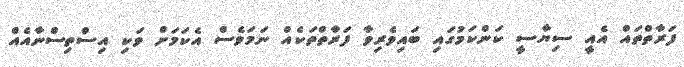
ފަރާތްތައް އެއީ ސިޔާސީ ކަންކަމުގައި ބައިވެރިވާ ފަރާތްތަކެއް ނަމަވެސް އެކަމަށް ވަކި އިސްތިސްނާއެއް